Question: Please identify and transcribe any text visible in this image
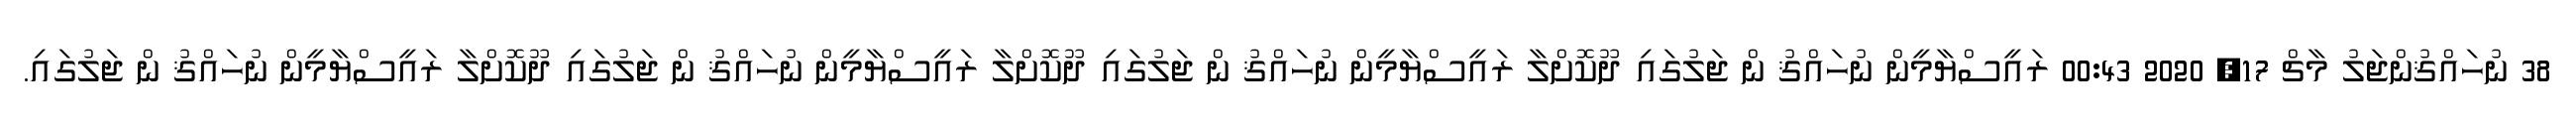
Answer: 38 ނުހައްޤުންޖަލު މާޗް 17, 2020 00:43 ރައީސްޔާމީން ނުހައްޤު ން ޖަލުގައި ދޫކޮށްލާ ރައީސްޔާމީން ނުހައްޤު ން ޖަލުގައި ދޫކޮށްލާ ރައީސްޔާމީން ނުހައްޤު ން ޖަލުގައި ދޫކޮށްލާ ރައީސްޔާމީން ނުހައްޤު ން ޖަލުގައި.